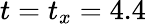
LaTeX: t=t_{x}=4.4